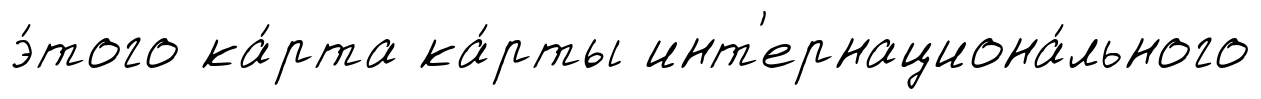
э́того ка́рта ка́рты инт'ернациона́льного